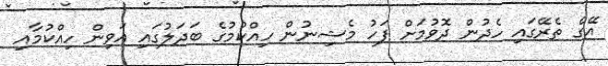
އޭގެ ތެރޭގައި ހެދުން ދޮވުމަށް ފަހު މެޝިނުން ހިއްކުމުގެ ބަދަލުގައި އަވިން ހިއްކުމާއި